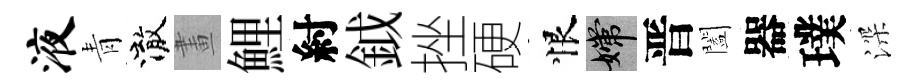
液青澈畫鯉紂鉞挫硬恨嫦晋闔器璞深